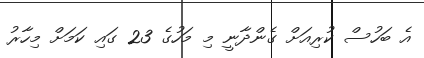
އެ ބަހުސް ކުރިއަށް ގެންދާނީ މި މަހުގެ 23 ގައި ކަމަށް މިހާރު